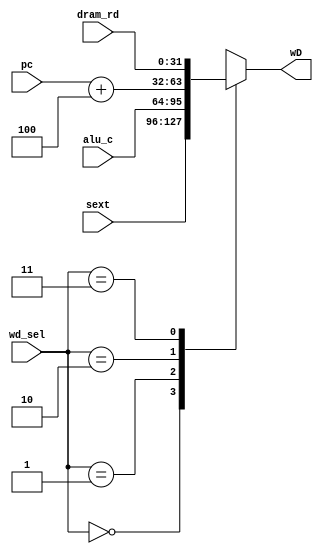
`timescale 1ns / 1ps
//////////////////////////////////////////////////////////////////////////////////
// Company: 
// Engineer: 
// 
// Design Name: 
// Module Name: ID_MUX
// Project Name: 
// Target Devices: 
// Tool Versions: 
// Description: 
// 
// Dependencies: 
// 
// Revision:
// Revision 0.01 - File Created
// Additional Comments:
// 
//////////////////////////////////////////////////////////////////////////////////


module ID_MUX(
    input [31:0] sext,
    input [31:0] alu_c,
    input [31:0] pc,
    input [31:0] dram_rd,
    input [1:0] wd_sel,
    output reg [31:0] wD     
    );
    
    always @(*) begin
        case(wd_sel) 
            2'b00: wD = sext;
            2'b01: wD = alu_c;
            2'b10: wD = pc + 32'h00000004;
            2'b11: wD = dram_rd;
        endcase
    end
endmodule